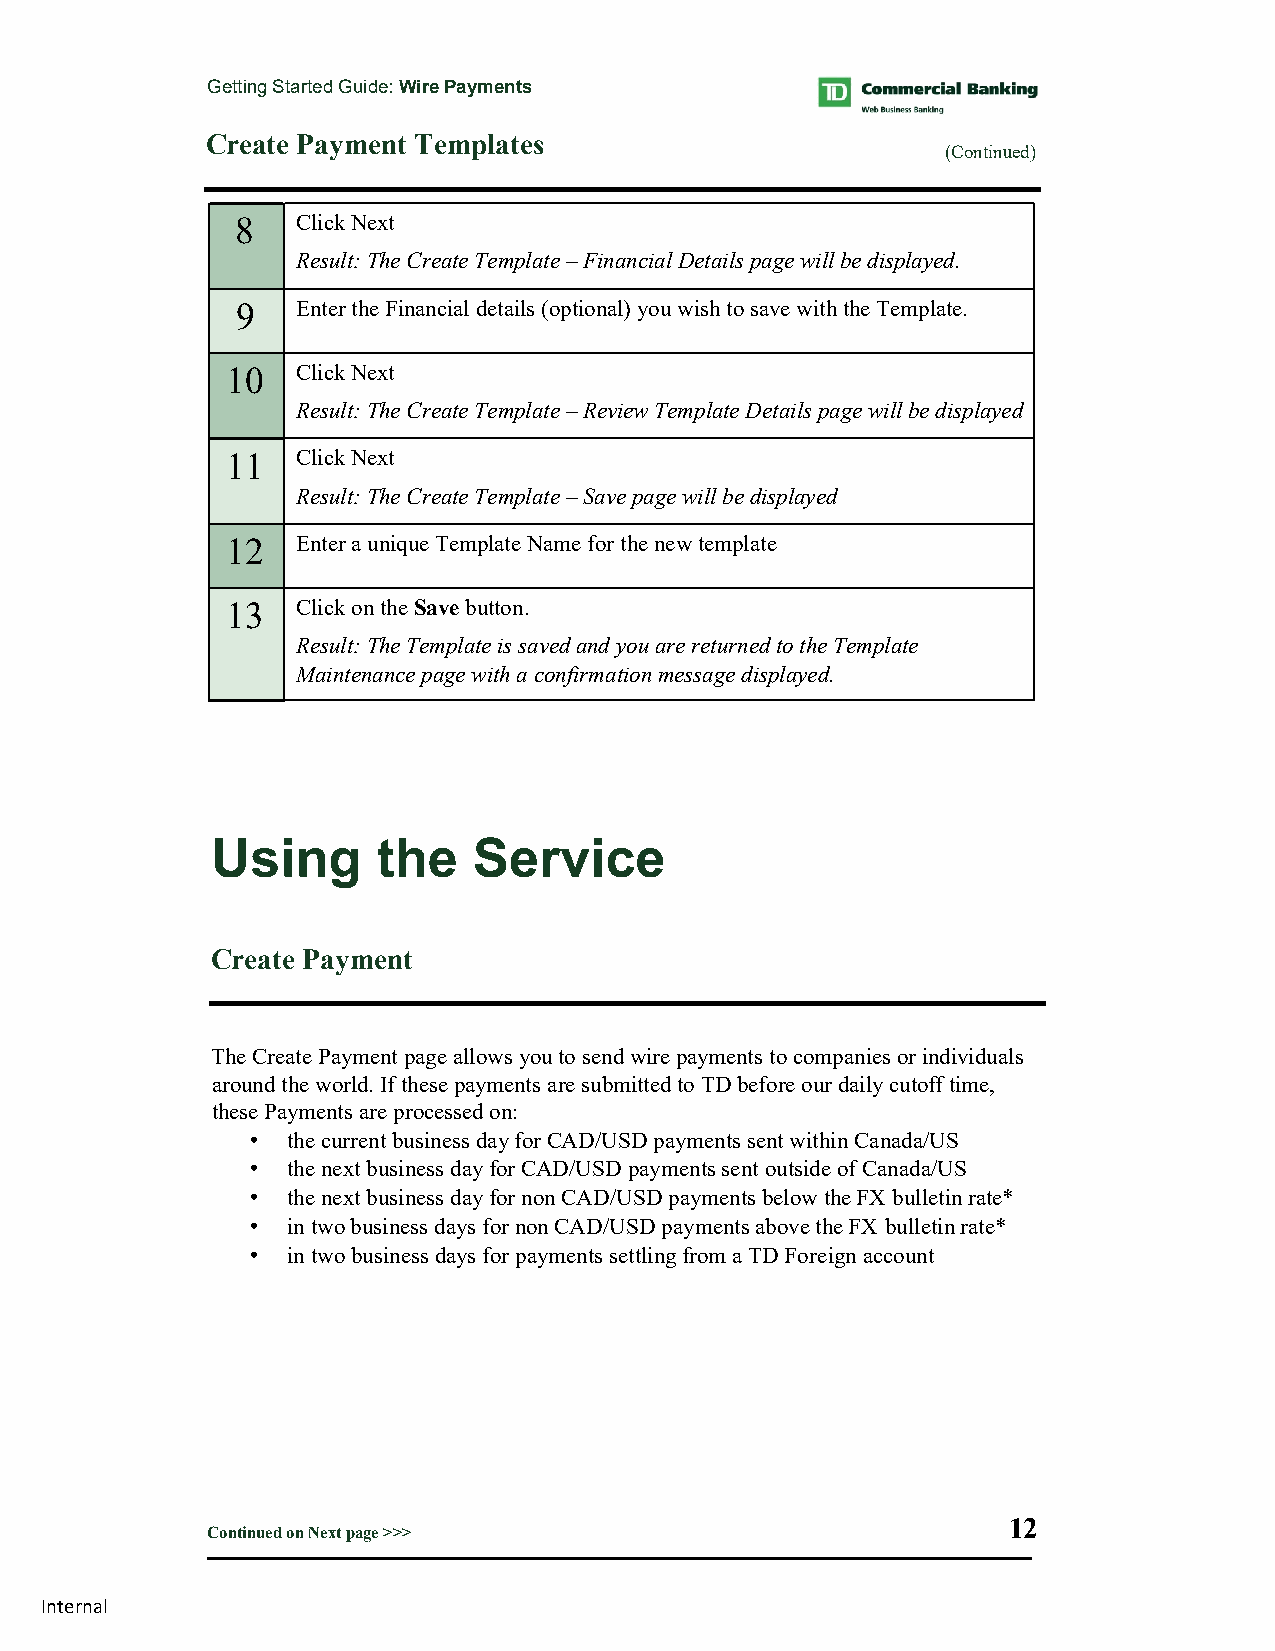
Getting Started Guide: Wire Payments
 Create Payment Templates
 (Continued)
 8   Click Next
 Result: The Create Template – Financial Details page will be displayed.
 9   Enter the Financial details (optional) you wish to save with the Template.
 10   Click Next
 Result: The Create Template – Review Template Details page will be displayed
 11   Click Next
 Result: The Create Template – Save page will be displayed
 12   Enter a unique Template Name for the new template
 13   Click on the Save button.
 Result: The Template is saved and you are returned to the Template
 Maintenance page with a confirmation message displayed.
 Using      the   Service
 Create Payment
 The Create Payment page allows you to send wire payments to companies or individuals
 around the world. If these payments are submitted to TD before our daily cutoff time,
 these Payments are processed on:
 • the current business day for CAD/USD payments sent within Canada/US
 • the next business day for CAD/USD payments sent outside of Canada/US
 • the next business day for non CAD/USD payments below the FX bulletin rate*
 • in two business days for non CAD/USD payments above the FX bulletin rate*
 • in two business days for payments settling from a TD Foreign account
 12
 Continued on Next page >>>
 Internal